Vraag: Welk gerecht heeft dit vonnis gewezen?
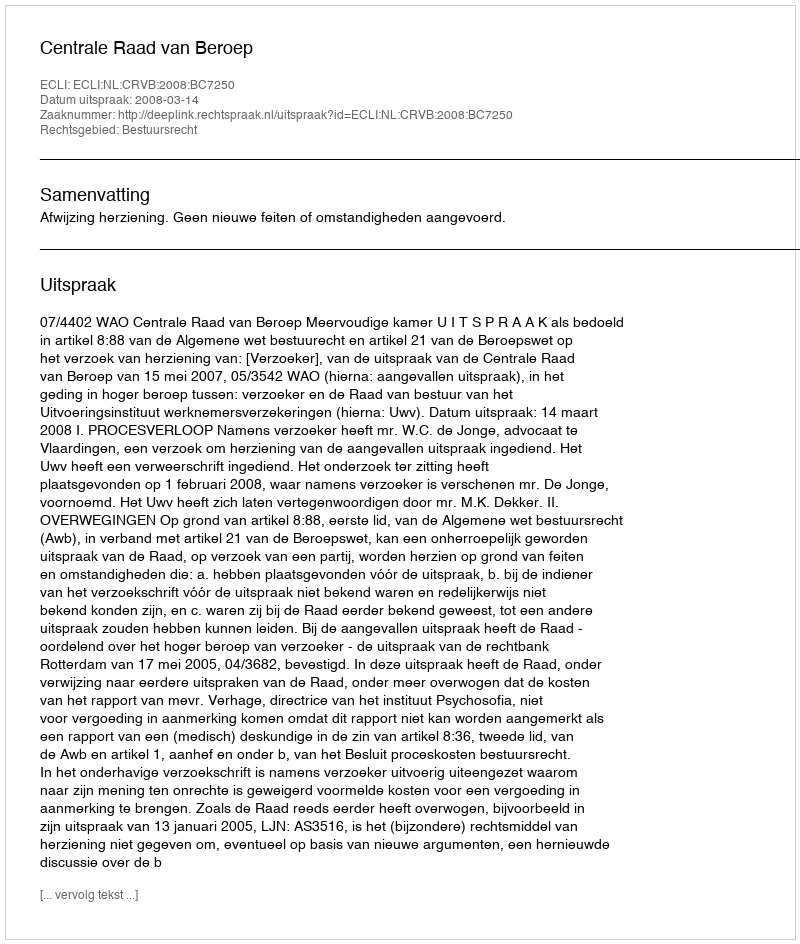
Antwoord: Centrale Raad van Beroep